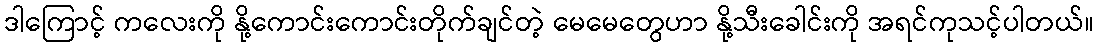
ဒါကြောင့် ကလေးကို နို့ကောင်းကောင်းတိုက်ချင်တဲ့ မေမေတွေဟာ နို့သီးခေါင်းကို အရင်ကုသင့်ပါတယ်။